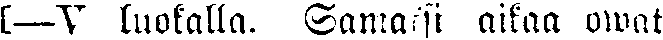
[—V luokalla. Samaksi aikaa owat